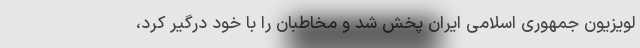
لویزیون جمهوری اسلامی ایران پخش شد و مخاطبان را با خود درگیر کرد،